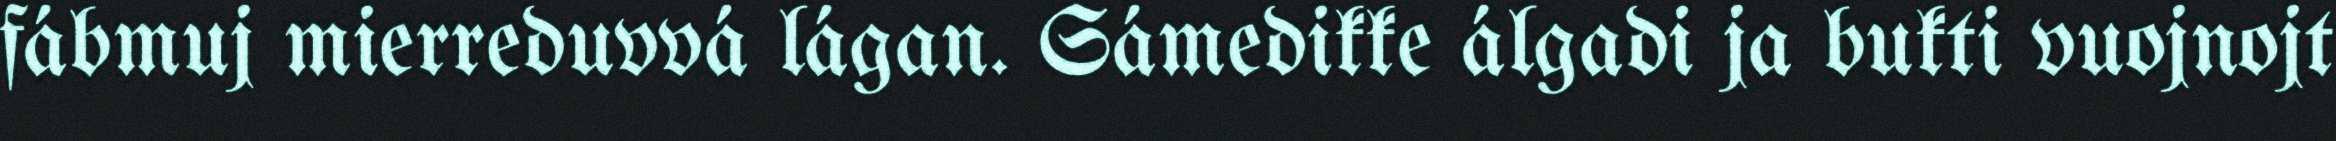
fábmuj mierreduvvá lágan. Sámedikke álgadi ja bukti vuojnojt